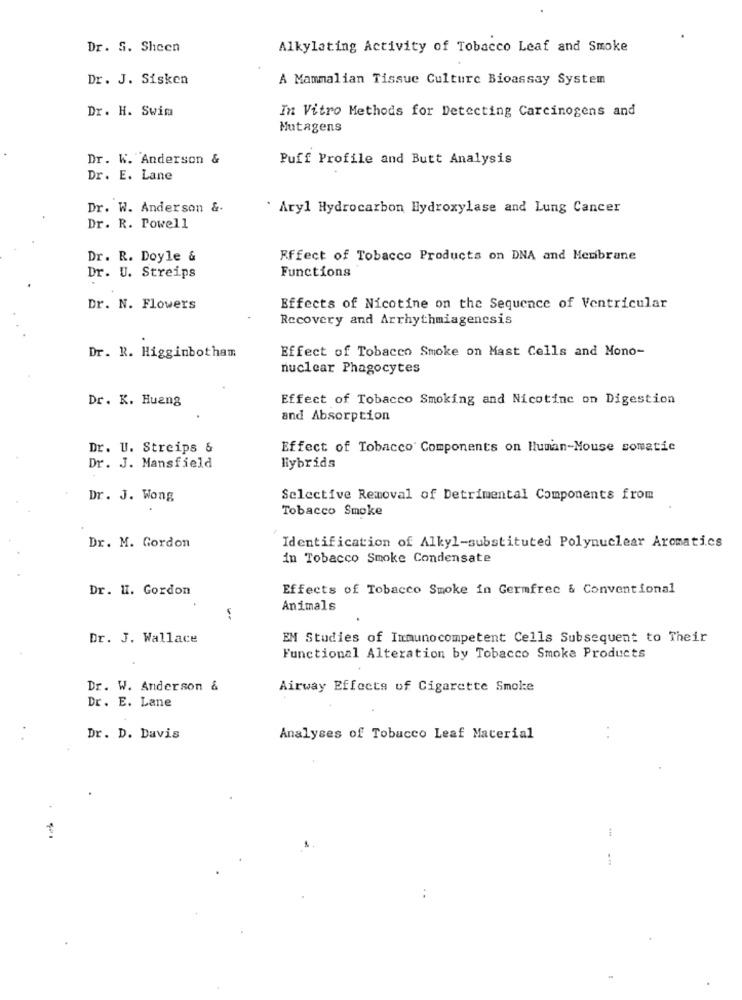
Dr. S. Sheen
Alkylating Activity of Tobacco Leaf and Smoke
Dr. J. Sisken
A Mammalian Tissue Culture Bioassay System
Dr. H. Swim
In Vitro Methods for Detecting Carcinogens and
Mutagens
Dr. W. Anderson &
Puff Profile and Butt Analysis
Dr. E. Lane
Dr. W. Anderson &.
* Aryl Hydrocarbon Hydroxylase and Lung Cancer
Dr. R. Powell
Dr. R. Doyle &
Effect of Tobacco Products on DNA and Membrane
Functions
Dr. U. Streips
Dr. N. Flowers
Effects of Nicotine on the Sequence of Ventricular
Recovery and Arrhythmiagenesis
Dr. R. Higginbotham
Effect of Tobacco Smoke on Mast Cells and Mono-
nuclear Phagocytes
Dr. K. Huang
Effect of Tobacco Smoking and Nicotine on Digestion
and Absorption
Dr. U. Streips &
Effect of Tobacco Components on Human-Mouse somatic
Dr. J. Mansfield
Hybrids
Dr. J. Wong
Selective Removal of Detrimental Components from
Tobacco Smoke
Dr. M. Gordon
Identification of Alkyl-substituted Polynuclear Aromatics
in Tobacco Smoke Condensate
Dr. W. Gordon
Effects of Tobacco Smoke in Germfree & Conventional
Animals
Dr. J. Wallace
EM Studies of Immunocompetent Cells Subsequent to Their
Functional Alteration by Tobacco Smoke Products
Dr. W. Anderson &
Airway Effects of Cigarette Smoke
Dr. E. Lane
Dr. D. Davis
Analyses of Tobacco Leaf Material